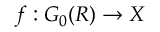
f : G _ { 0 } ( R ) \to X